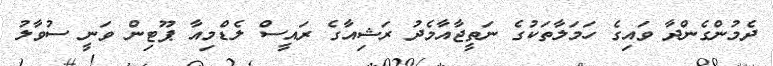
ދެމުންގެންދާ ވައިގެ ހަމަލާތަކުގެ ނަތީޖާއާމެދު ރަޝިއާގެ ރައީސް ލެޑްމިއާ ޕޫޓިން ވަނީ ސުވާލު